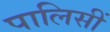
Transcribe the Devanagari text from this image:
पालिसीं